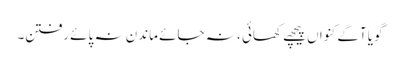
گویا آگے کنواں پیچھے کھائی ، نہ جائے ماندن نہ پائے رفتن۔